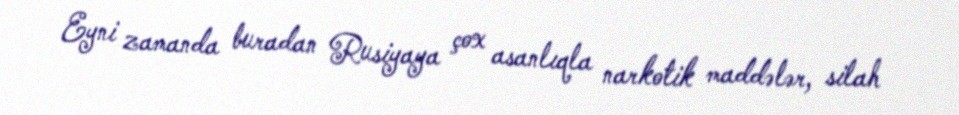
Eyni zamanda buradan Rusiyaya çox asanlıqla narkotik maddələr, silah